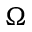
\Omega